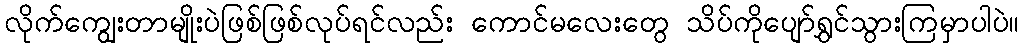
လိုက်ကျွေးတာမျိုးပဲဖြစ်ဖြစ်လုပ်ရင်လည်း ကောင်မလေးတွေ သိပ်ကိုပျော်ရွှင်သွားကြမှာပါပဲ။